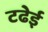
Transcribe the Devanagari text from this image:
टढेई